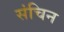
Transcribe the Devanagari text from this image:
संचिन